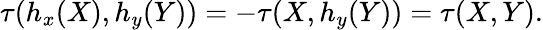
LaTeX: \tau(h_{x}(X),h_{y}(Y))=-\tau(X,h_{y}(Y))=\tau(X,Y).